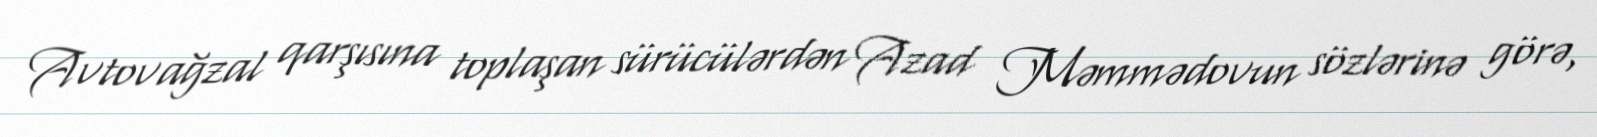
Avtovağzal qarşısına toplaşan sürücülərdən Azad Məmmədovun sözlərinə görə,